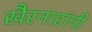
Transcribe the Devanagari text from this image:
खैरनारांनी